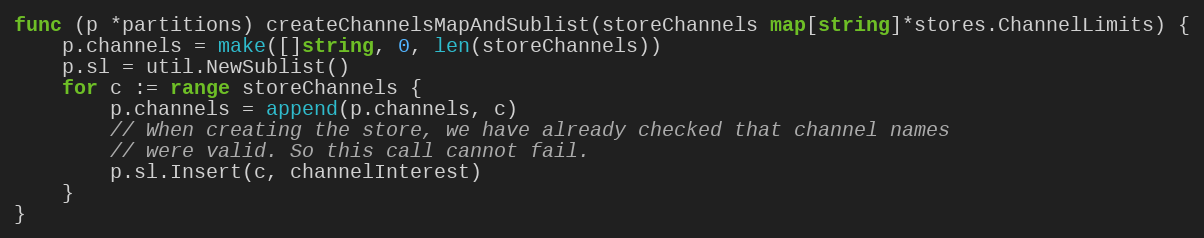
Language: Go
func (p *partitions) createChannelsMapAndSublist(storeChannels map[string]*stores.ChannelLimits) {
	p.channels = make([]string, 0, len(storeChannels))
	p.sl = util.NewSublist()
	for c := range storeChannels {
		p.channels = append(p.channels, c)
		// When creating the store, we have already checked that channel names
		// were valid. So this call cannot fail.
		p.sl.Insert(c, channelInterest)
	}
}